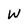
Character: W